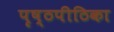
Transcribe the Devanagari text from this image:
पृष्ठपीठिका